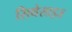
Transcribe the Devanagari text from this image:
सिथेसाइज़